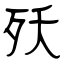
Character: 殀